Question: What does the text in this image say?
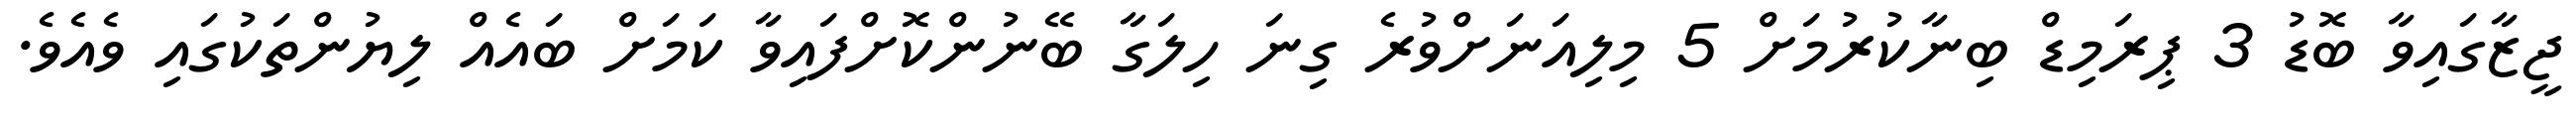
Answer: ޖީޒާގައިވާ ބޮޑު 3 ޕިރަމިޑް ބިނާކުރުމަށް 5 މިލިއަނަށްވުރެ ގިނަ ހިލަގާ ބޭނުންކޮށްފައިވާ ކަމަށް ބައެއް ލިޔުންތަކުގައި ވެއެވެ.